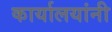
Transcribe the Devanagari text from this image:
कार्यालयांनी